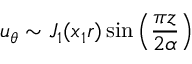
u _ { \theta } \sim J _ { 1 } ( x _ { 1 } r ) \sin \left( \frac { \pi z } { 2 \alpha } \right)